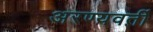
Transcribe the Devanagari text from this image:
अरण्यवर्ती